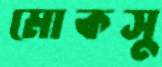
মোকসু